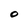
Character: O